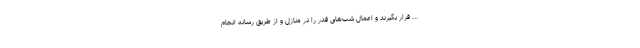
... قرار بگیرند و اعمال شب‌های قدر را در منازل و از طریق رسانه انجام